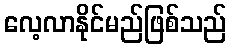
လေ့လာနိုင်မည်ဖြစ်သည်